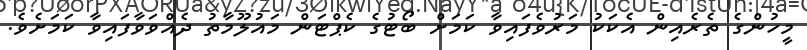
މީހުންގެ ތެރެއިން އެކަކު މަރުވެފައިވާ ކަމަށް ބޯޓުގެ ކެޕްޓަން މައުލޫމާތު ދެއްވަވާފައިވާ ކަމަށެވެ.